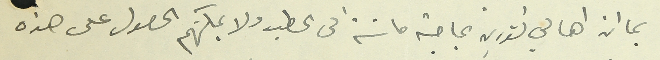
بما ان اهالي تنورين بحاجة ماسَة الى الحطب ولا يمكنهم الحصول على هذه